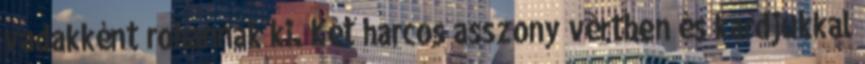
vadakként rohannak ki. Két harcos asszony vértben és kardjukkal